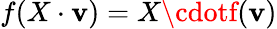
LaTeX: f(X\cdot\mathbf{v})=X\cdotf(\mathbf{v})